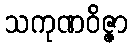
သကုဏဝိဇ္ဇာ